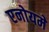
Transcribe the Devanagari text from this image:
एनोयमे